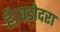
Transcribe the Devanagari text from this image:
है।वडोदरा